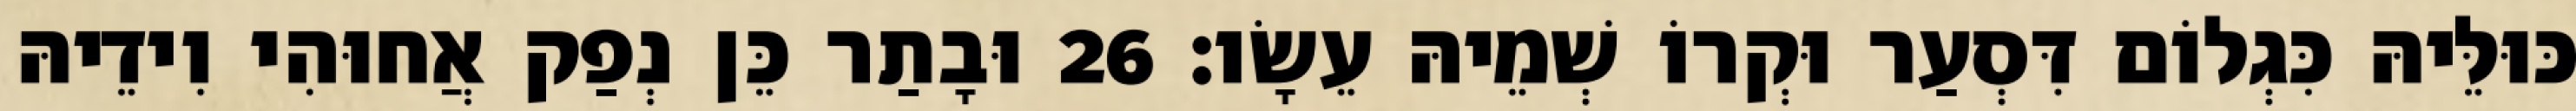
כּוּלֵּיהּ כִּגְלוֹם דִּסְעַר וּקְרוֹ שְׁמֵיהּ עֵשָׂו׃ 26 וּבָתַר כֵּן נְפַק אֲחוּהִי וִידֵיהּ